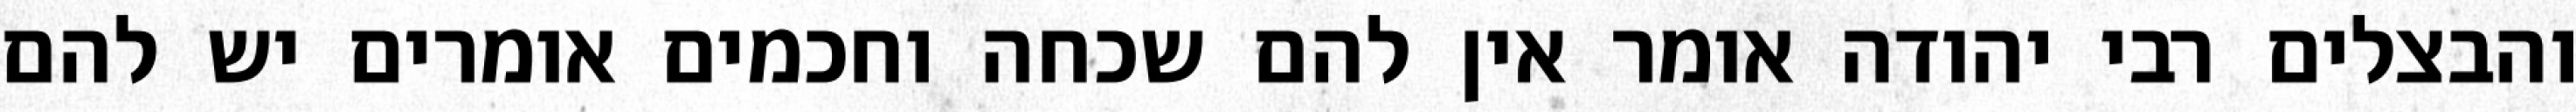
והבצלים רבי יהודה אומר אין להם שכחה וחכמים אומרים יש להם